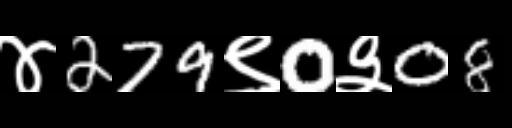
Text: ४279९0३08